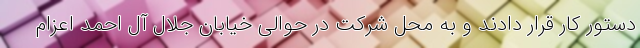
دستور کار قرار دادند و به محل شرکت در حوالی خیابان جلال آل احمد اعزام